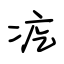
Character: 疙